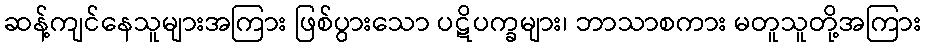
ဆန့်ကျင်နေသူများအကြား ဖြစ်ပွားသော ပဋိပက္ခများ၊ ဘာသာစကား မတူသူတို့အကြား